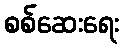
စစ်ဆေးရေး